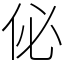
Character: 佖